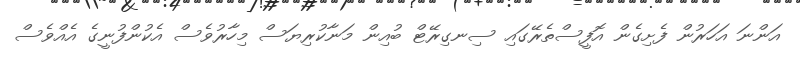
އަންނަ އަހަރުން ފެށިގެން އޮފީސްތެރޭގައި ސިނގިރޭޓް ބުއިން މަނާކުރިޔަސް މިހާރުވެސް އެކުންފުނީގެ އެއްވެސް